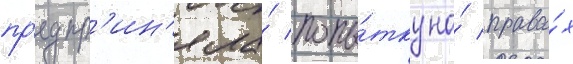
пр'едпр'ин'яла́ попы́тку на́ права́х